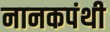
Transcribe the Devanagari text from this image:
नानकपंथी